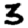
Digit: 3